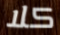
كلا